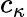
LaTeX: c_{\kappa}